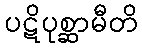
ပဋိပုစ္ဆာမီတိ